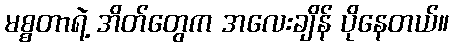
မစ္စတာရဲ့ အိတ်တွေက အလေးချိန် ပိုနေတယ်။